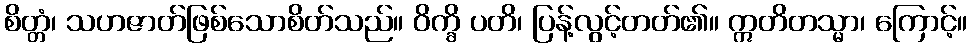
စိတ္တံ၊ သဟဇာတ်ဖြစ်သောစိတ်သည်။ ဝိက္ခိ ပတိ၊ ပြန့်လွင့်တတ်၏။ ဣတိတသ္မာ၊ ကြောင့်။